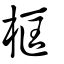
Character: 框